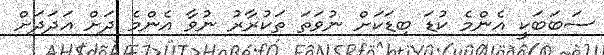
ސަބަބަކީ އެންމެ ކުޑަ ބިޑަކަށް ނުވަތަ ތަކުރާރު ނުވާ އެންމެ ދަށް އަދަދަށް